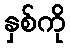
နှစ်ကို